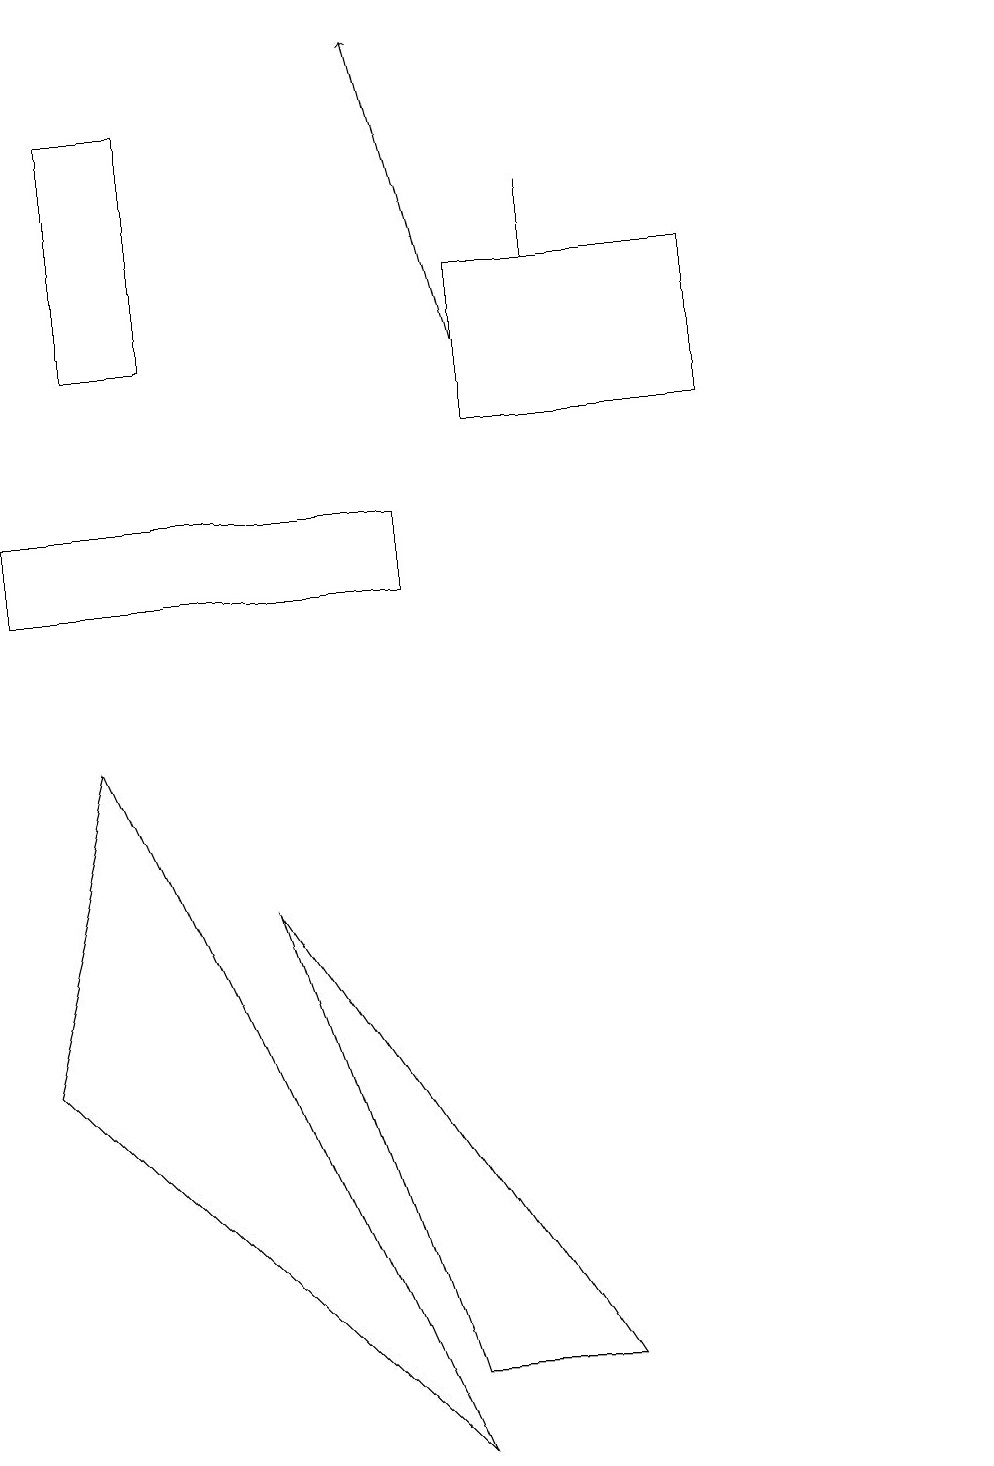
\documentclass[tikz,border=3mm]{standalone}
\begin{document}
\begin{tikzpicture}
\draw[->] (6,14) -- (5,18);
\draw (7,1) -- (5,1) -- (3,7) -- cycle;
\draw (5,12) rectangle (0,11);
\draw (2,17) rectangle (1,14);
\draw (7,15) rectangle (7,16);
\draw (6,13) rectangle (9,15);
\draw (12,10) circle (0);
\draw (0,5) -- (5,0) -- (1,9) -- cycle;
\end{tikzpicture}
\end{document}